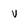
Character: v